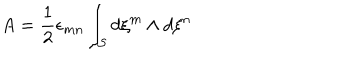
LaTeX: A = { \frac { 1 } { 2 } } \epsilon _ { m n } \int _ { \cal S } d \xi ^ { m } \wedge d \xi ^ { n }